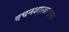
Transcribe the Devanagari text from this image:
वचनशास्त्ररहस्य